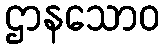
ဌာနသောဝ